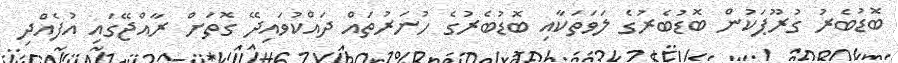
ބޮޑުބެރު ގުރޫޕަކުން ބޮޑުބެރުގެ ލަވަތަކާއި ބޮޑުބެރުގެ ހުނަރުތައް ދައްކުވައިދޭ ގޮތަށް ރާއްޖޭގައި އުފެއްދި